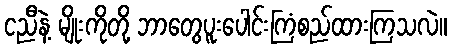
ငညီနဲ့ မျိုးကိုတို့ ဘာတွေပူးပေါင်းကြံစည်ထားကြသလဲ။